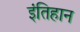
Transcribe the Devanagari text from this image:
इंतिहान